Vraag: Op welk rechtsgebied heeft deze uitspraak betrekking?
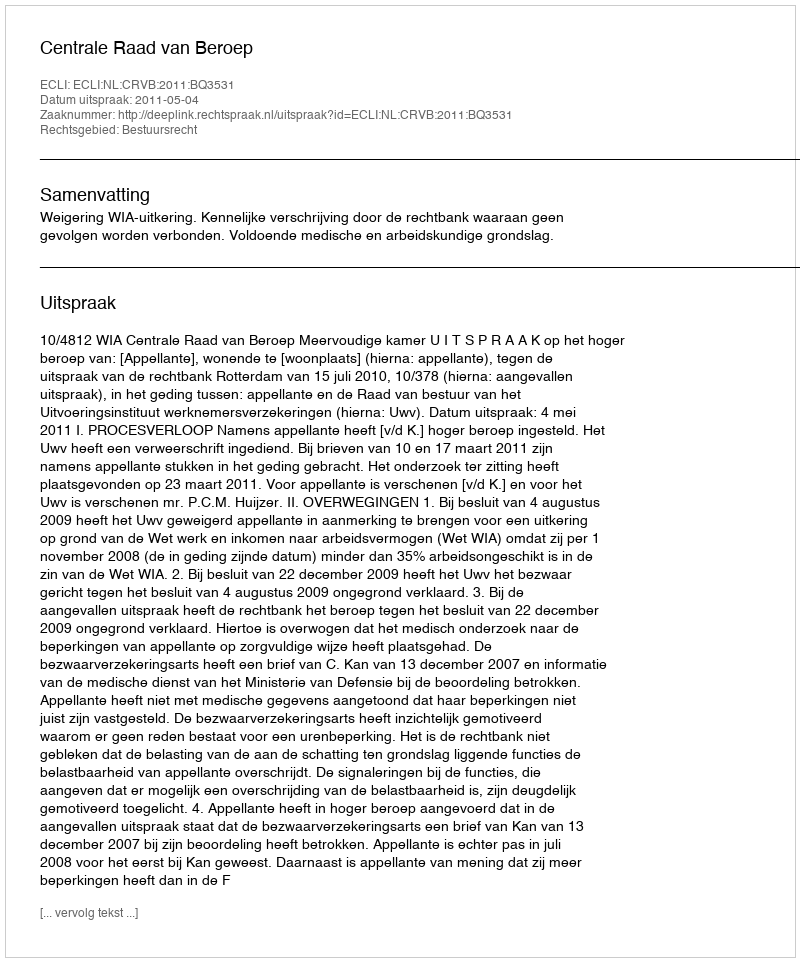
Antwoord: Bestuursrecht